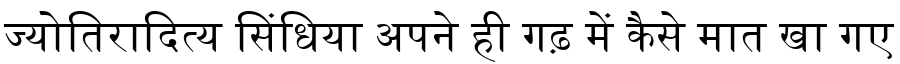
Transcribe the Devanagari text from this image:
ज्योतिरादित्य सिंधिया अपने ही गढ़ में कैसे मात खा गए